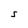
Character: S